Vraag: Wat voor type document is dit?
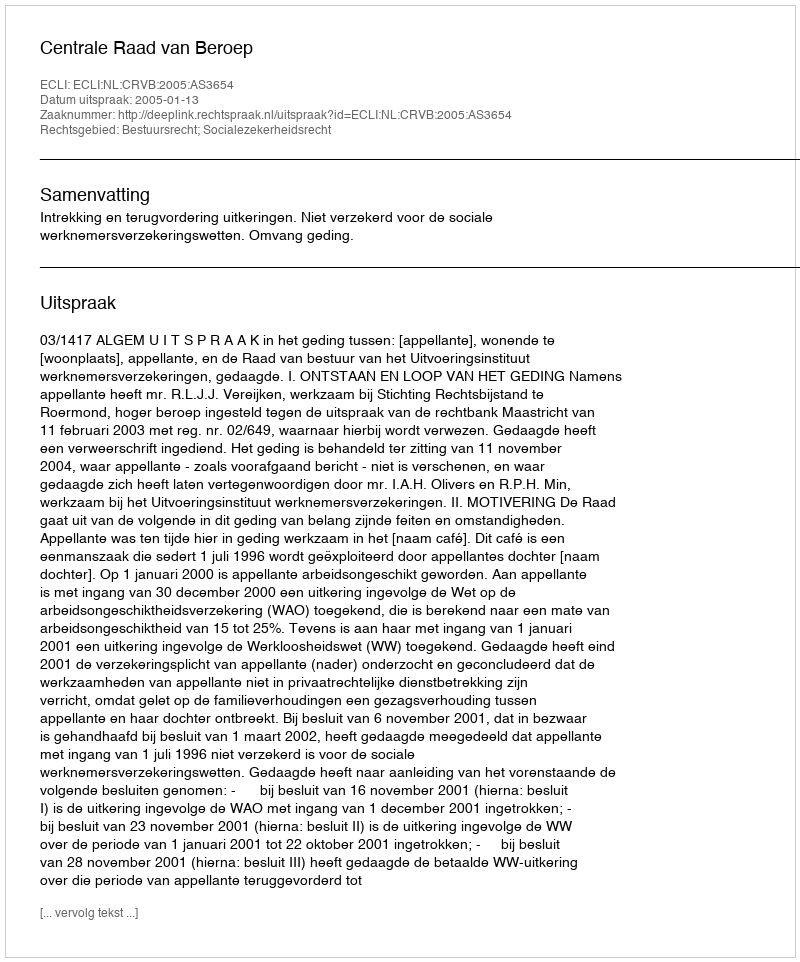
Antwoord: Uitspraak